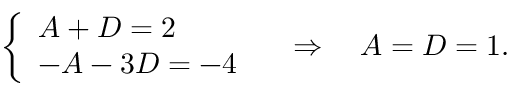
{ \left\{ \begin{array} { l l } { A + D = 2 } \\ { - A - 3 D = - 4 } \end{array} \right. } \quad \Rightarrow \quad A = D = 1 .